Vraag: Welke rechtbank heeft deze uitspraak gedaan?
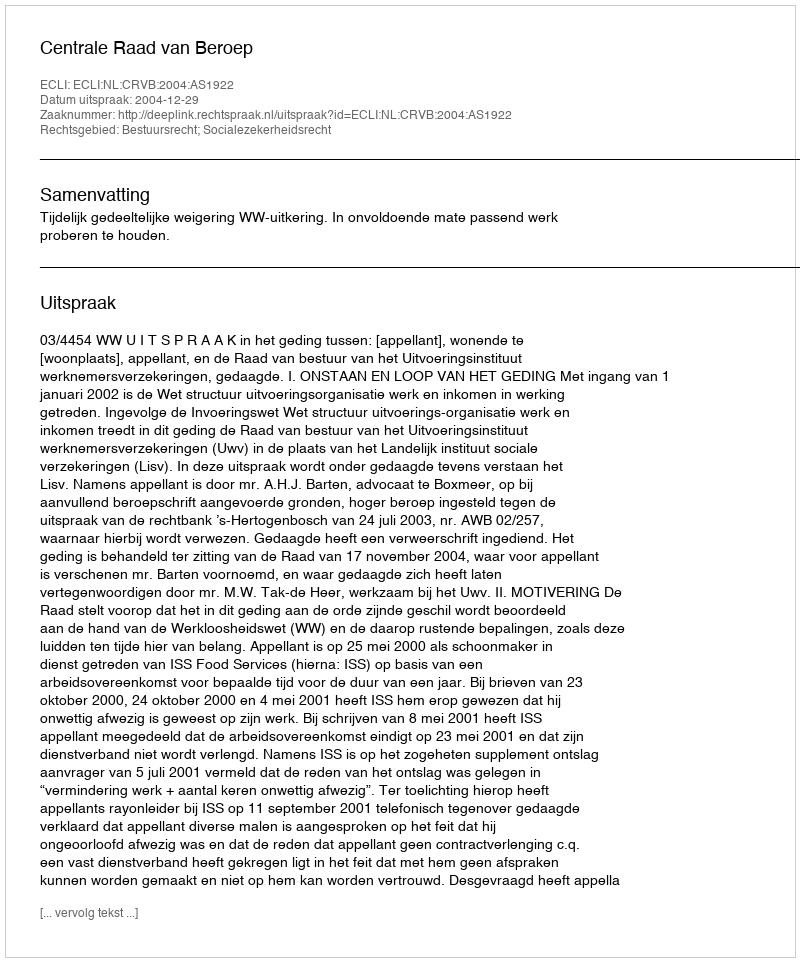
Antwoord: Centrale Raad van Beroep